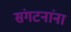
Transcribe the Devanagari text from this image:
संगटनांना